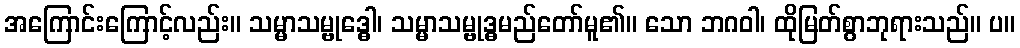
အကြောင်းကြောင့်လည်း။ သမ္မာသမ္ဗုဒ္ဓေါ၊ သမ္မာသမ္ဗုဒ္ဓမည်တော်မူ၏။ သော ဘဂဝါ၊ ထိုမြတ်စွာဘုရားသည်။ ပ။